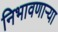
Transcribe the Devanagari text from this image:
निभावणाऱ्या